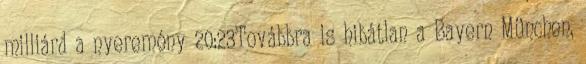
milliárd a nyeremény 20:23Továbbra is hibátlan a Bayern München,